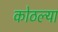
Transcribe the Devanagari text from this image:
कोठल्या